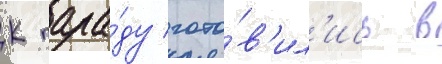
К пара́ду гото́в'ил'ись в